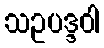
သဥပဒ္ဒဝါ